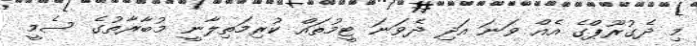
މި ދެގުރޫޕްގެ އެއް ވަނަ އަދި ދެވަނަ ޓީމުތައް ކުރިމަތިލާނީ މުބާރާތުގެ ސެމީ